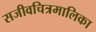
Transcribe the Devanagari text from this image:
सजीवचित्रमालिका